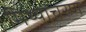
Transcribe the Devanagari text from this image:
मिथ्याचरण